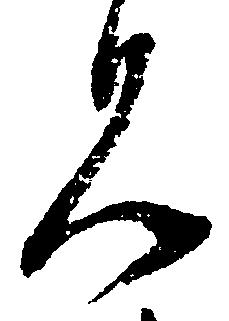
見